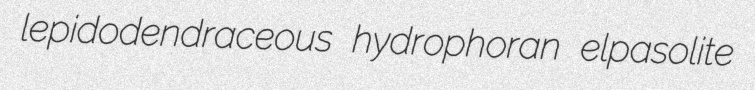
lepidodendraceous hydrophoran elpasolite